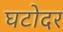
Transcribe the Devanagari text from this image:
घटोदर